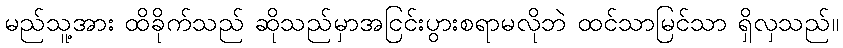
မည်သူ့အား ထိခိုက်သည် ဆိုသည်မှာအငြင်းပွားစရာမလိုဘဲ ထင်သာမြင်သာ ရှိလှသည်။